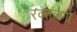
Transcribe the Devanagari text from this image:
रक्तवर्णी